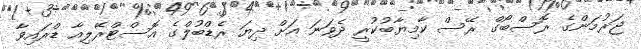
ޖަރުމަންގެ ރޮސްބޯގް ރޭސް ކާމިޔާބުކުރީ ދެވަނަ އަށް ދިޔަ ރެޑްބުލްގެ އޮސްޓްރޭލިއާ ޑްރައިވާ